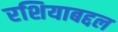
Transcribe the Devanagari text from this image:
रशियाबद्दल